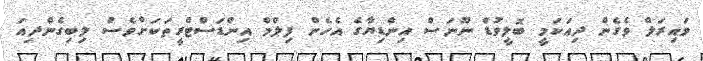
ވައިރަލް ވެގެން ދިއަކަމީ ބޮލީވުޑް ނޫނަސް އިންޑިޔާގެ އެހެން ފިލްމް އިންޑަސްޓްރީތަކަށްވެސް ލިބިގެންދިއަ